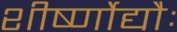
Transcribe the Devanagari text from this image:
शीर्ष्णोद्यौः